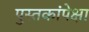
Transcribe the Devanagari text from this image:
पुस्तकांपेक्षा